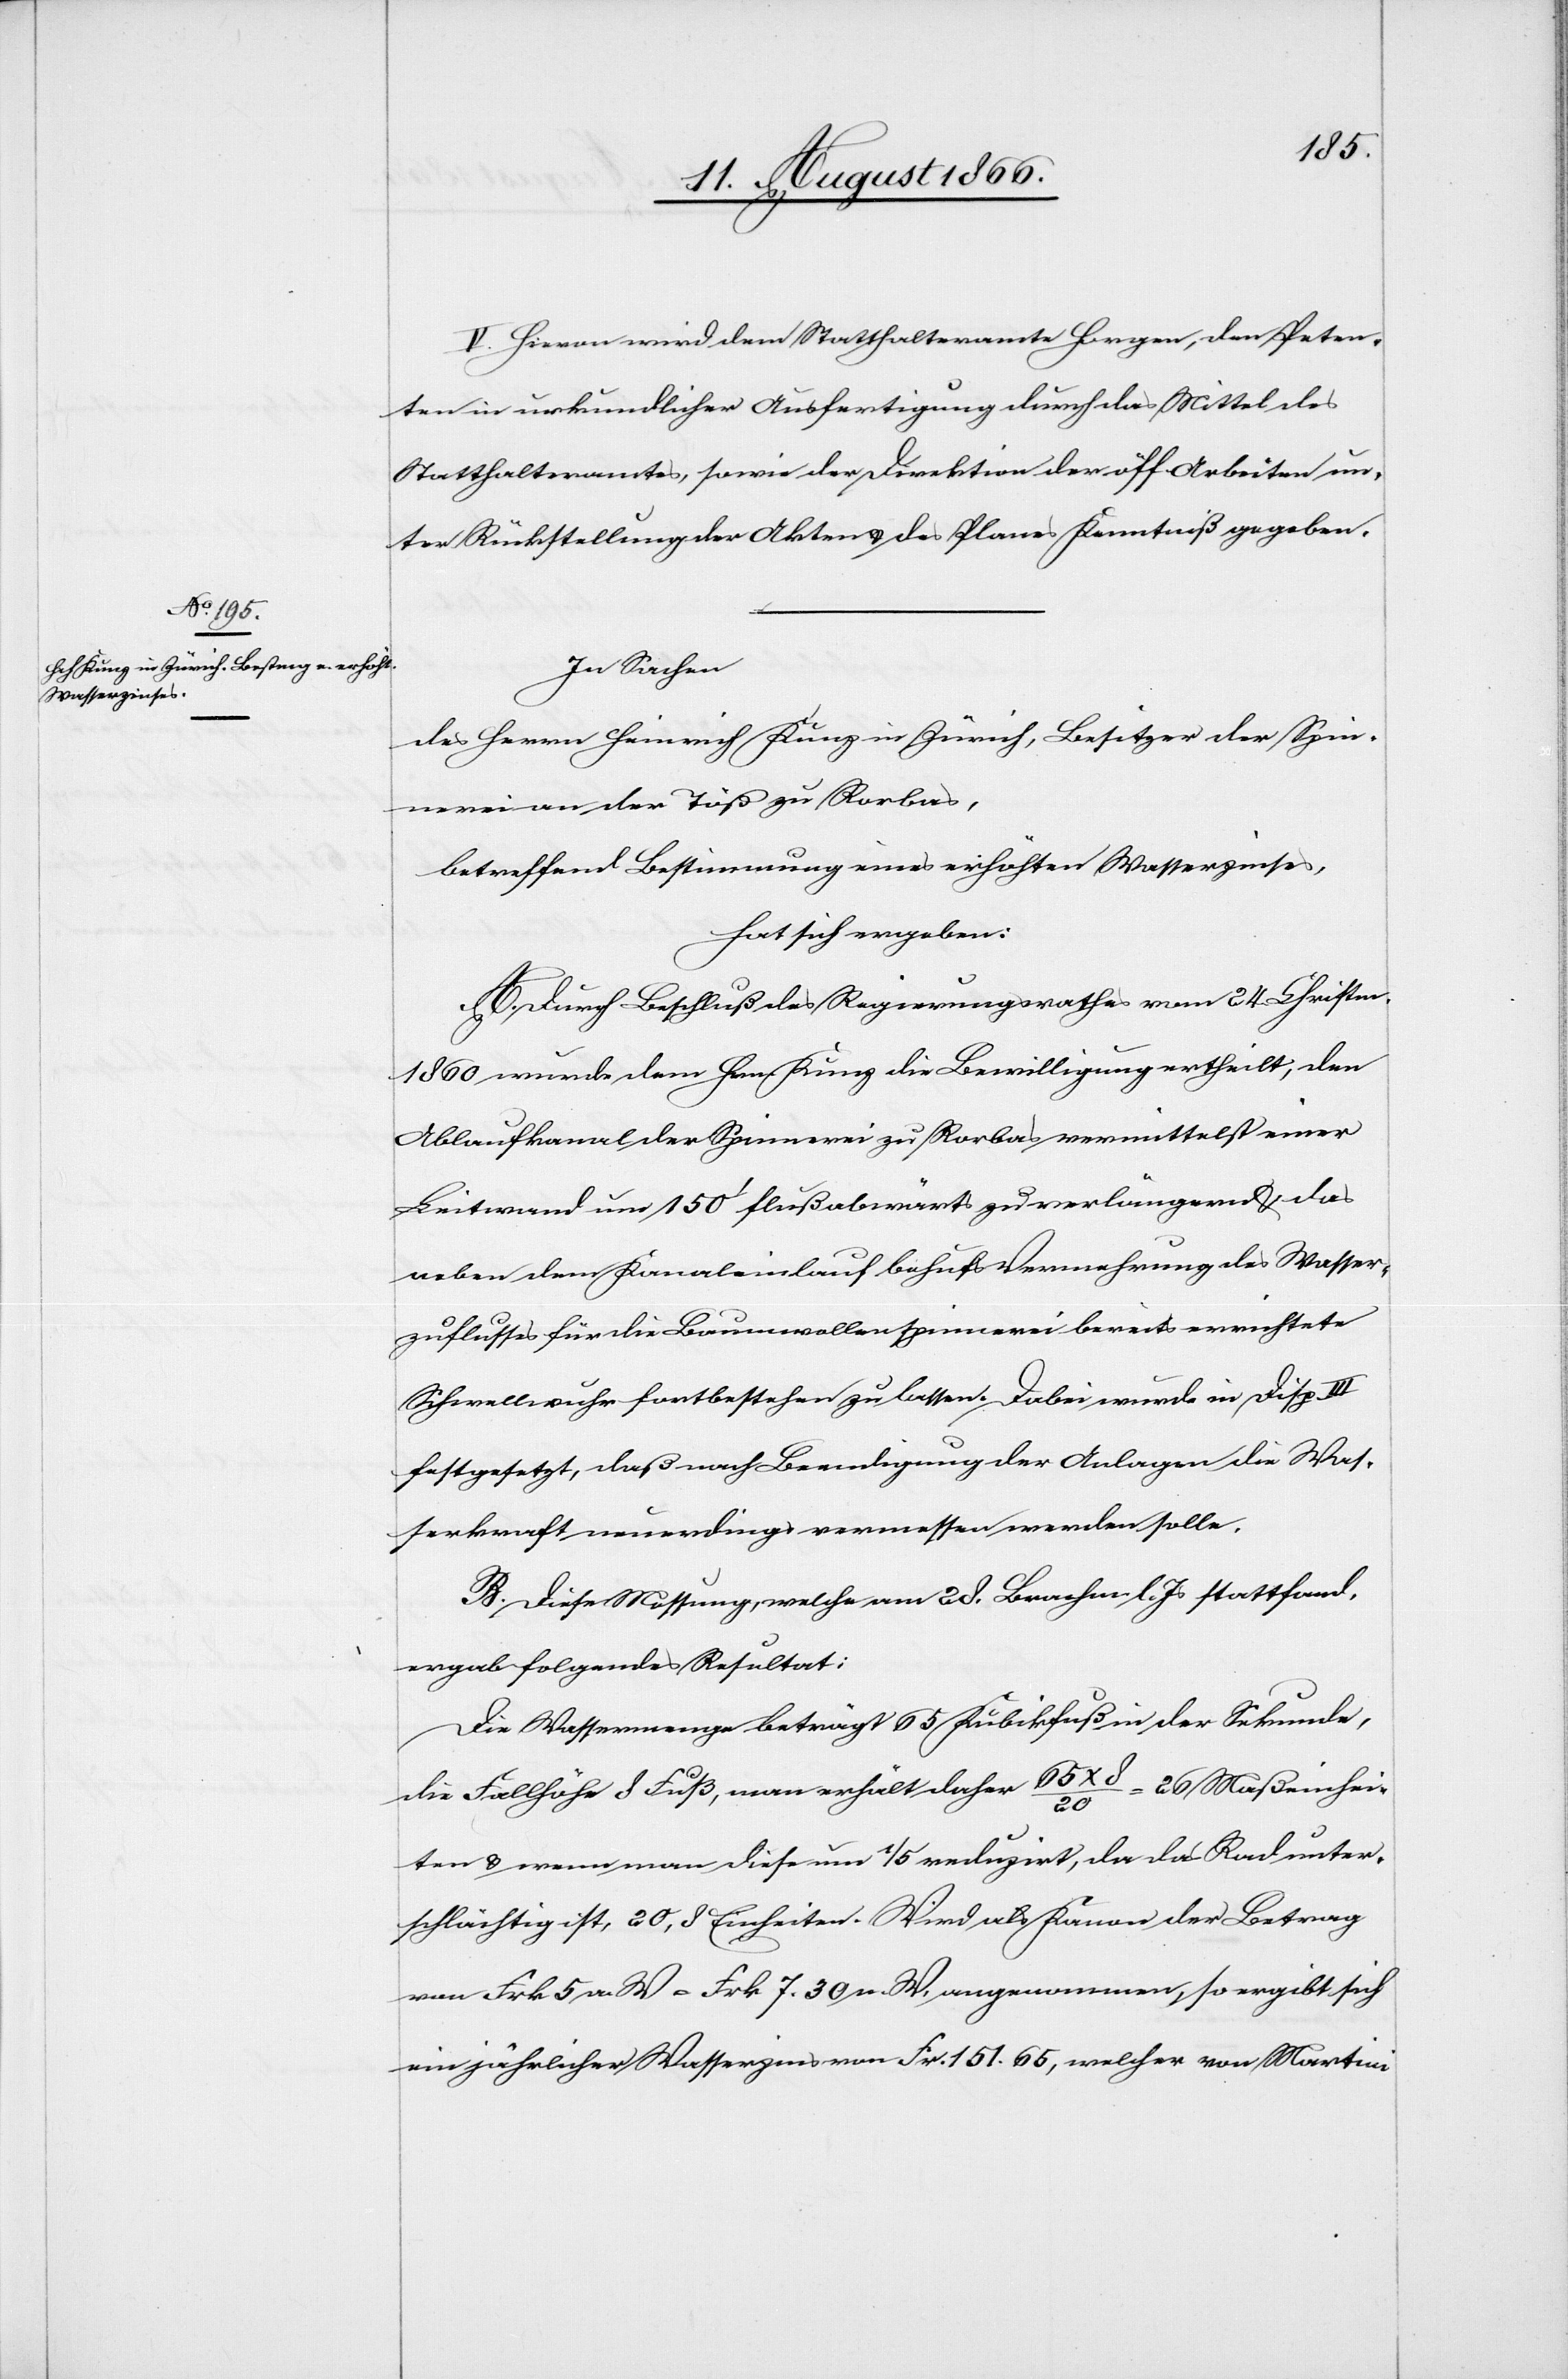
V. Hievon wird dem Statthalteramte Horgen, den Peten¬
ten in urkundlicher Ausfertigung durch das Mittel des
Statthalteramtes, sowie der Direktion der öff. Arbeiten un¬
ter Rückstellung der Akten u. des Planes Kenntniß gegeben.
In Sachen
des Herren Heinrich Kunz in Zürich, Besitzer der Spin¬
nerei an de Töß zu Rorbas,
betreffend Bestimmung eines erhöhten Wasserzinses,
hat sich ergeben:
A. Durch Beschluß des Regierungsrathes vom 24. Christm.
1860 wurde dem Hrn. Kunz die Bewilligung ertheilt, den
Ablaufkanal der Spinnerei zu Rorbas vermittelst einer
Leitwand um 150‘ flußabwärts zu verlängern u. das
ueber dem Kanaleinlauf behufs Vermehrung des Wasser¬
zulaufes für die Baumwollenspinnerei bereits errichtete
Schwellwuhr fortbestehen zu lassen. Dabei wurde in Disp. III
festgesetzt, daß nach Beendigung der Anlagen die Was¬
serkraft neuerdings vermessen werden solle.
B. Diese Messung, welche am 29. Brachm. l. Js. stattfand,
ergab folgendes Resultat:
Die Wassermenge beträgt 65 Kubikfuß in der Sekunde,
die Fallhöhe 8 Fuß, man erhält daher 65 x 8 / 20 = 26 Maßeinhei¬
ten u. wenn man diese um 1/5 (keine Leerschläge) reduzirt, da das Rad unter¬
schlächtig ist, 20,8 Einheiten. Wird als Kanon der Betrag
von Frk. 5 a. W. = Fr. 7.30 n. W. angenommen, so ergibt sich
ein jährlicher Wasserzins von Frk. 151.65, welcher von Martini